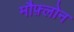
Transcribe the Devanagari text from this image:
मौफ़्लोन